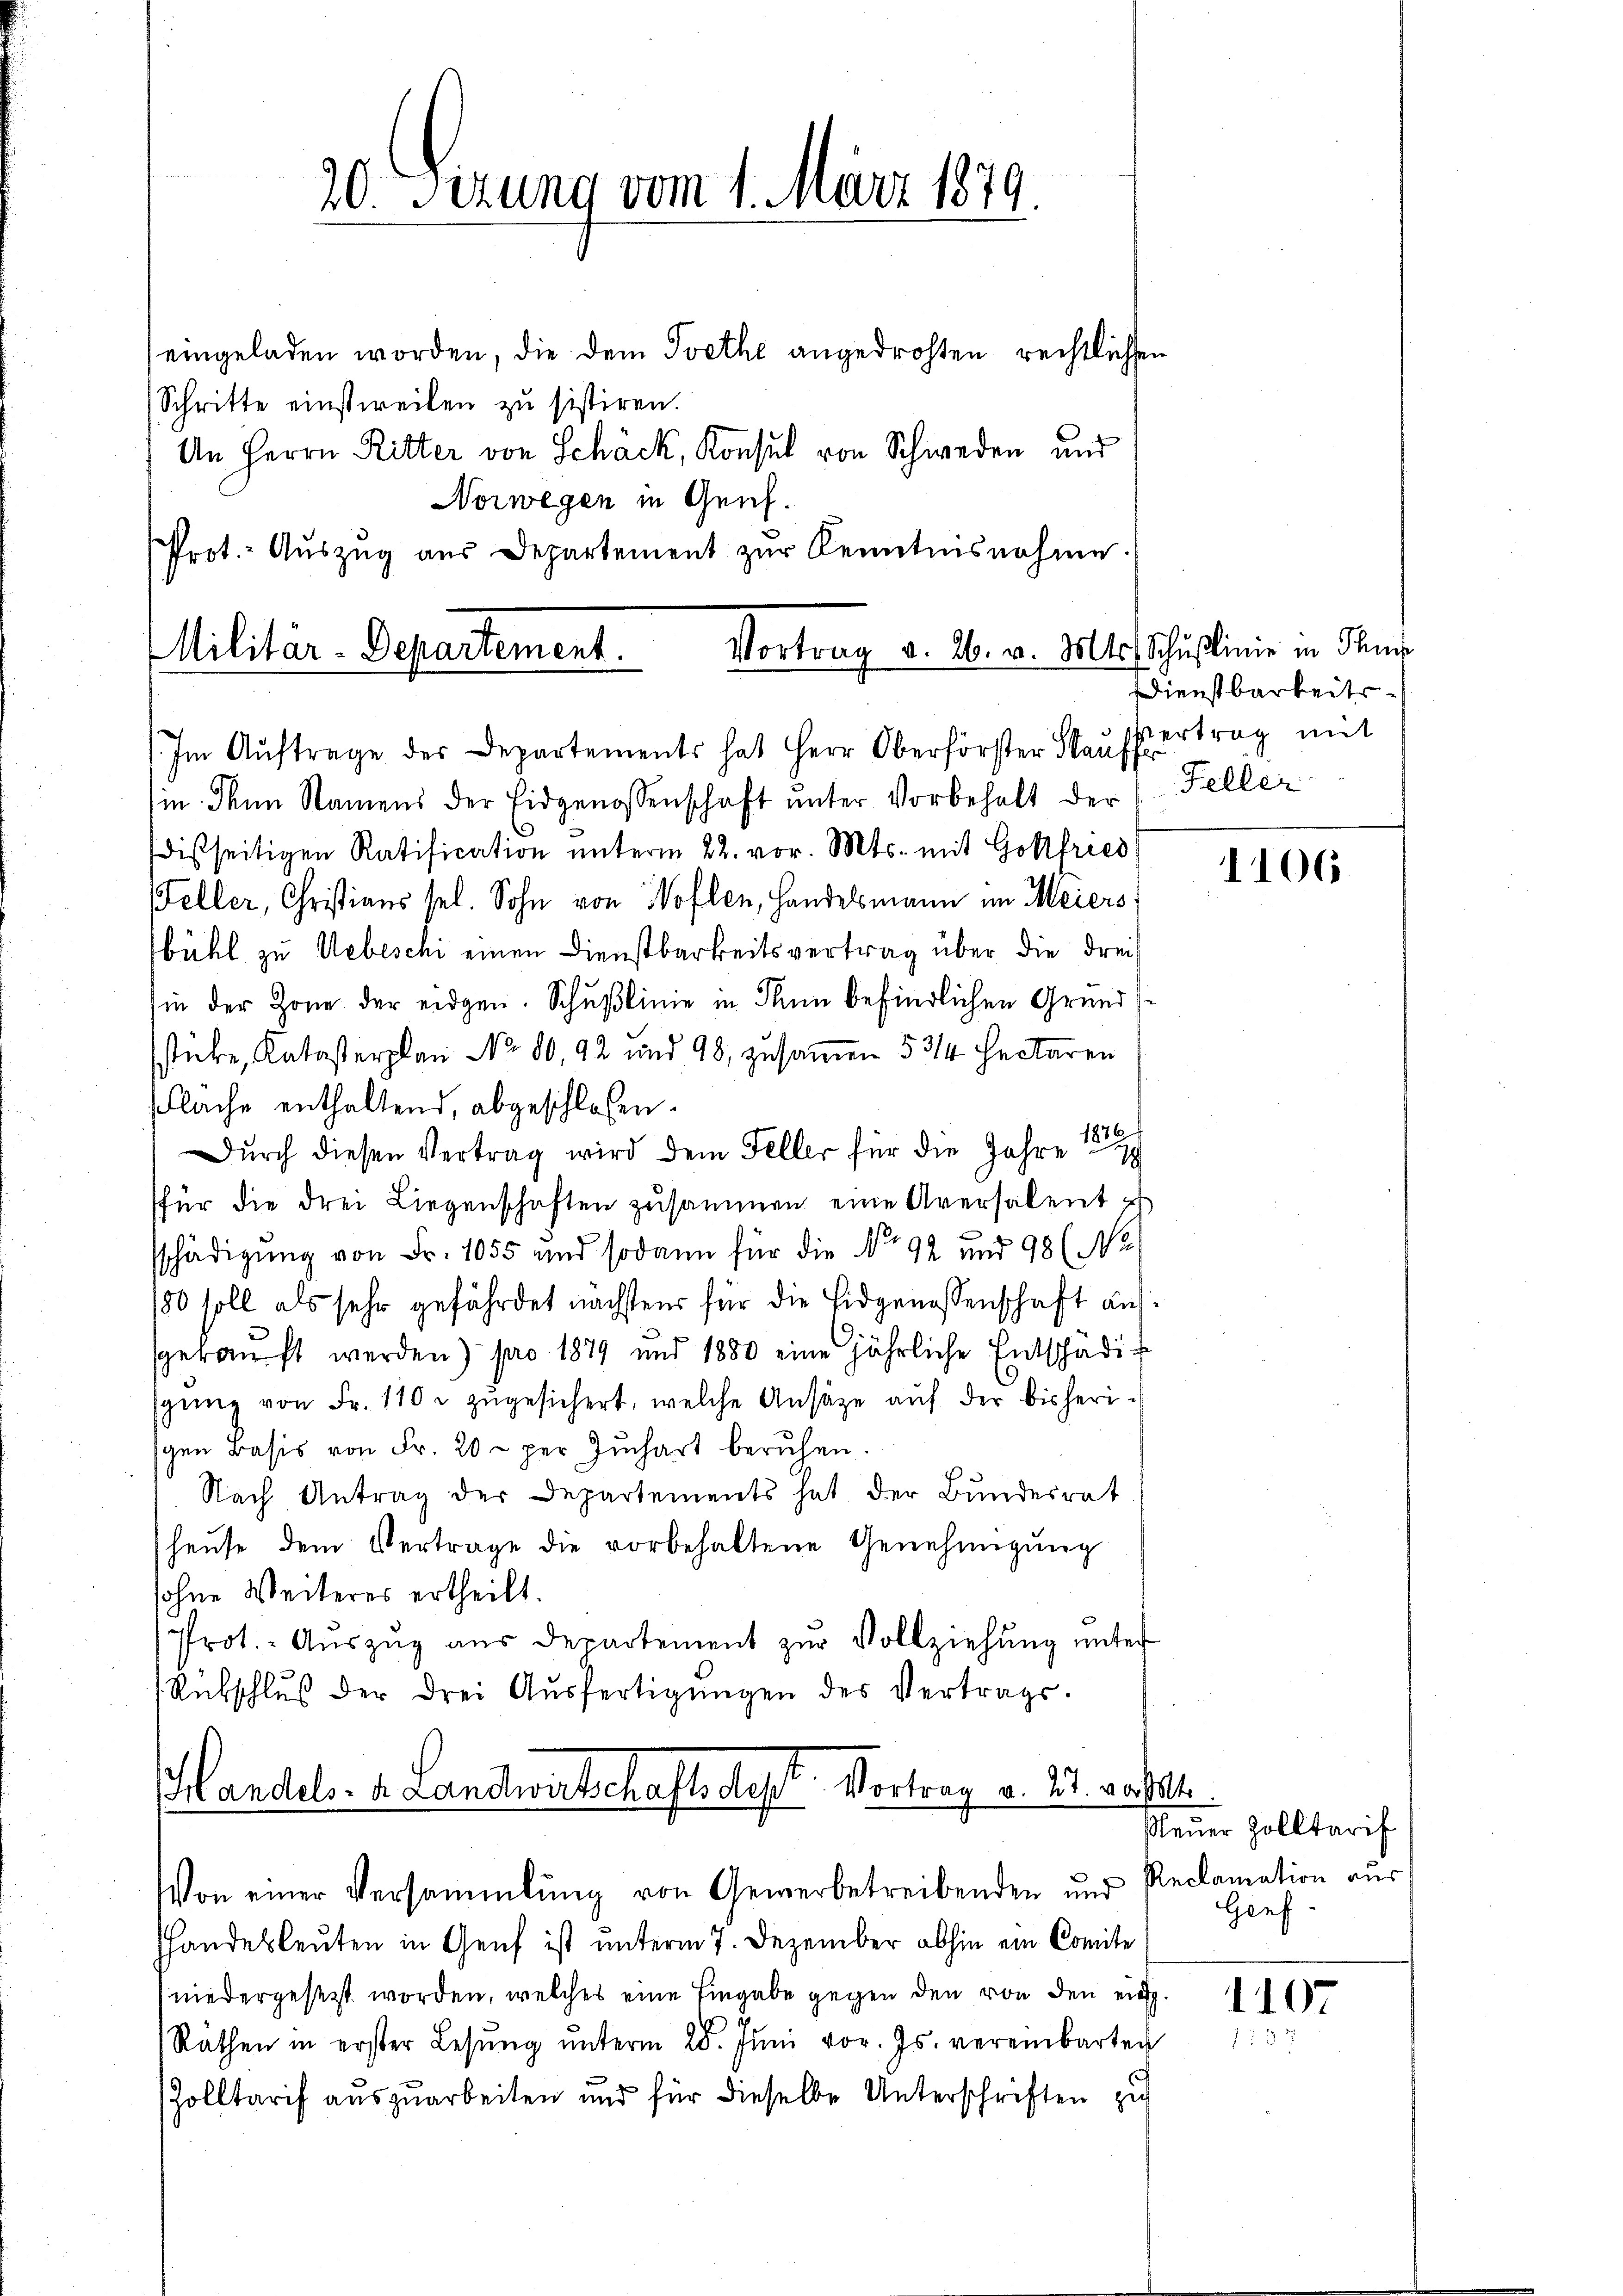
eingeladen worden, die dem Goethe angedrohten rechtlichen
Schritte einstweilen zu sistiren.
An Herrn Ritter von Schäck, Konsul von Schweden und
Norwegen in Genf.
Prot.- Auszug aus Departement zur Kenntnisnahme.
Im Auftrage der Departements hat Herr Oberförster Kauff
in denn Namens der Eidgenossenschaft ŭnter Vorbehalt der
disseitigen Ratification ŭnterm 22. vor. Mts. mit Gottfried
Weller, Christians sel. Sohn von Hoflen, Handelsmann im Meiers
bühl zu Uebeschi einen Dienstbarkeitsvertrag über die Freihin der Zone der eidgen. Schußlinie in Sinn befindlichen Grunds
sstücke, Katasterplan No. 80, 92 und 98, zusammen 53/4 hectaren
Flache enthaltend, abgeschlossen.
876
Dŭrch diesen Vertrag wird dem Feller für die Jahre
für die drei Liegenschaften zusammen eine Aversalent z
schädigŭng von Fr. 1055 und sodann für die No. 92 und 98 (No
180 soll als sehr gefährdet nächstens für die Eidgenossenschaft aufsgekauft werden) pro 1879 und 1880 eine jährliche Entschädig
sgŭng von Fr. 110 u zŭgesichert, welche Ansätze auf der bisherigen Basis von Fr. 20 - per Juchart beruhen.
Nach Antrag der Departements hat der Bundesrat
hause dem Vertrage die vorbehaltene Genehmigung
sohne Weiteres ertheilt.
Prot.- Aŭszŭg aŭs departement zŭr Vollziehŭng ŭnter
Rübschlŭβ der drei Aŭsfertigŭngen des Vertrags-
Handels- u. Landwirtschaftsdest. Vortrag v. 21. vatte.
Von einer Versammlung von Gewerbetreibenden und
hhandesleuten in Genf ist unterm 7. Dezember abhin ein Comite
niedergesetzt worden, welches eine Eingabe gegen den von den ein
Rathen in erster Lesŭng ŭnterm 28. Jŭni vor. Js. vereinbarten
Zolltarif auszuarbeiten und für dieselbe Unterschriften zu

20 Sizung vom 1. März 1879

Militär-Departement.

Vortrag v. 26. v. Mts. Schußlinie in Paus

Dienstbarkeitssertrag mit
Feller

1106

Peuer Zolltarif
Reclamation aus
Genf

1107
8